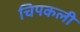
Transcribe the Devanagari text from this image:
चिपकली